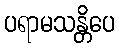
ပရာမသန္တိပေ